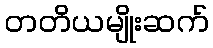
တတိယမျိုးဆက်